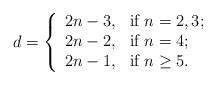
LaTeX: \begin{align*}d=\left\{ \begin{array}{ll} 2n-3, & \hbox{if $n=2, 3$;}\\ 2n-2, & \hbox{if $n=4$;}\\ 2n-1, & \hbox{if $n\geq 5$.} \end{array} \right.\end{align*}